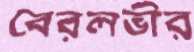
বেরলভীর